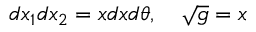
d x _ { 1 } d x _ { 2 } = x d x d \theta , \ \ \ \sqrt { g } = x